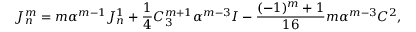
J _ { n } ^ { m } = m \alpha ^ { m - 1 } J _ { n } ^ { 1 } + \frac 1 4 C _ { 3 } ^ { m + 1 } \alpha ^ { m - 3 } I - \frac { ( - 1 ) ^ { m } + 1 } { 1 6 } m \alpha ^ { m - 3 } C ^ { 2 } ,